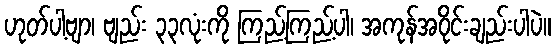
ဟုတ်ပါ့ဗျာ၊ ဗျည်း ၃၃လုံးကို ကြည့်ကြည့်ပါ၊ အကုန်အဝိုင်းချည်းပါပဲ။